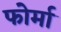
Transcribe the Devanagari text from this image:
फोर्मा